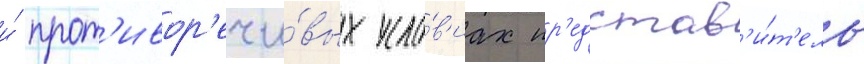
и́ прот'ивор'ечи́вых усло́в'иах пр'едстав'и́т'ель